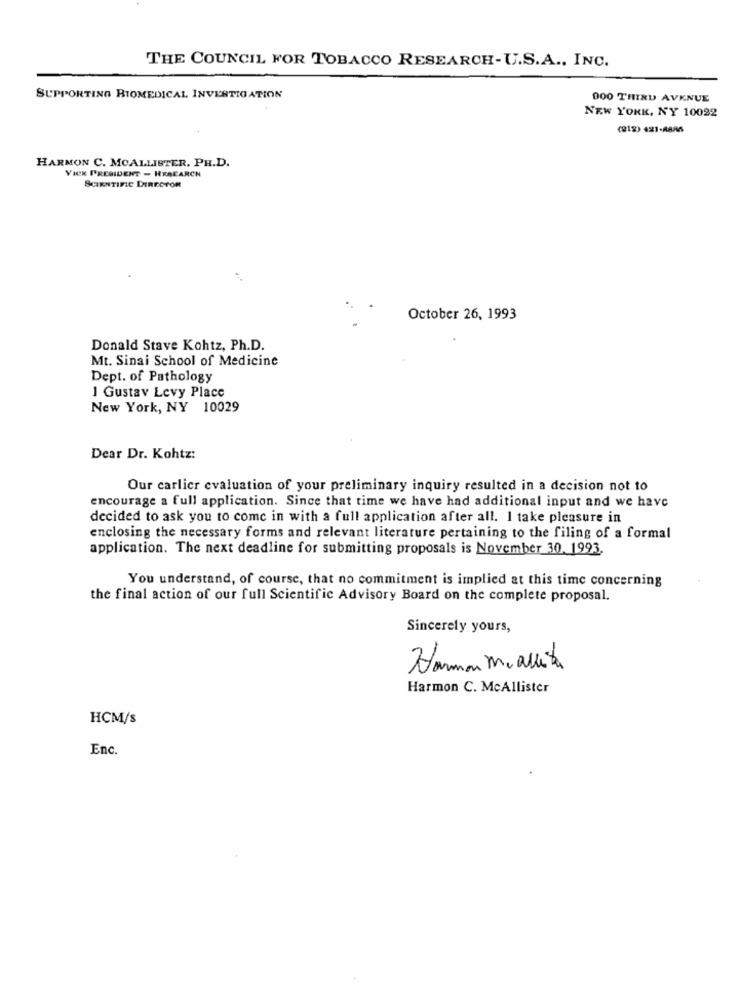
THE COUNCIL FOR TOBACCO RESEARCH-U.S.A ., INC.
SUPPORTING BIOMEDICAL INVESTIGATION
000 THIRD AVENUE
NEW YORK, NY 10022
(212) 421-8886
HARMON C. MCALLISTER. PH.D.
VICE PRESIDENT - RESEARCH
SCIENTIFIC DIRECTOR
October 26, 1993
Donald Stave Kohtz, Ph.D.
Mt. Sinai School of Medicine
Dept. of Pathology
1 Gustav Levy Place
New York, NY 10029
Dear Dr. Kohtz:
Our carlier evaluation of your preliminary inquiry resulted in a decision not to
encourage a full application. Since that time we have had additional input and we have
decided to ask you to come in with a full application after all. I take pleasure in
enclosing the necessary forms and relevant literature pertaining to the filing of a formal
application. The next deadline for submitting proposals is November 30, 1993.
You understand, of course, that no commitment is implied at this time concerning
the final action of our full Scientific Advisory Board on the complete proposal.
Sincerely yours,
Harman miavita
Harmon C. McAllister
HCM/s
Enc.